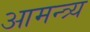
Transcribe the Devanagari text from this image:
आमन्त्र्य